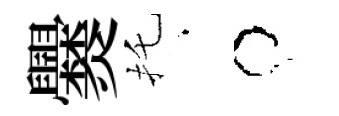
爨托牛